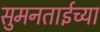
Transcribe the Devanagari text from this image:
सुमनताईच्या